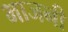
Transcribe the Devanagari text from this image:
भाजनी